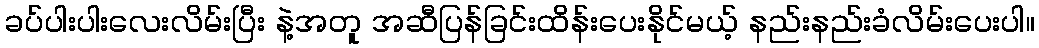
ခပ်ပါးပါးလေးလိမ်းပြီး နဲ့အတူ အဆီပြန်ခြင်းထိန်းပေးနိုင်မယ့် နည်းနည်းခံလိမ်းပေးပါ။